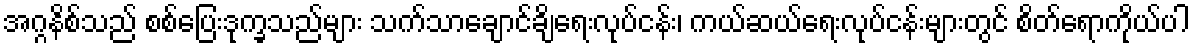
အဂ္ဂနိစ်သည် စစ်ပြေးဒုက္ခသည်များ သက်သာချောင်ချိရေးလုပ်ငန်း၊ ကယ်ဆယ်ရေးလုပ်ငန်းများတွင် စိတ်ရောကိုယ်ပါ